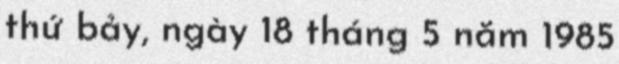
thứ bảy, ngày 18 tháng 5 năm 1985